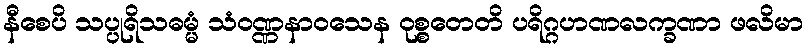
နီစေပိ သပ္ပုရိသဓမ္မံ သံဝဏ္ဏနာဝသေန ဝုစ္စတေတိ ပရိဂ္ဂဟဏလက္ခဏာ ဖလိမာ